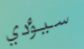
سيؤدي